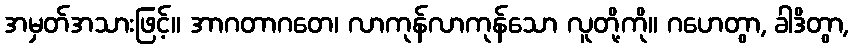
အမှတ်အသားဖြင့်။ အာဂတာဂတေ၊ လာကုန်လာကုန်သော လူတို့ကို။ ဂဟေတွာ, ခါဒိတွာ,